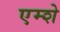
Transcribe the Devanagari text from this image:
एम्शे